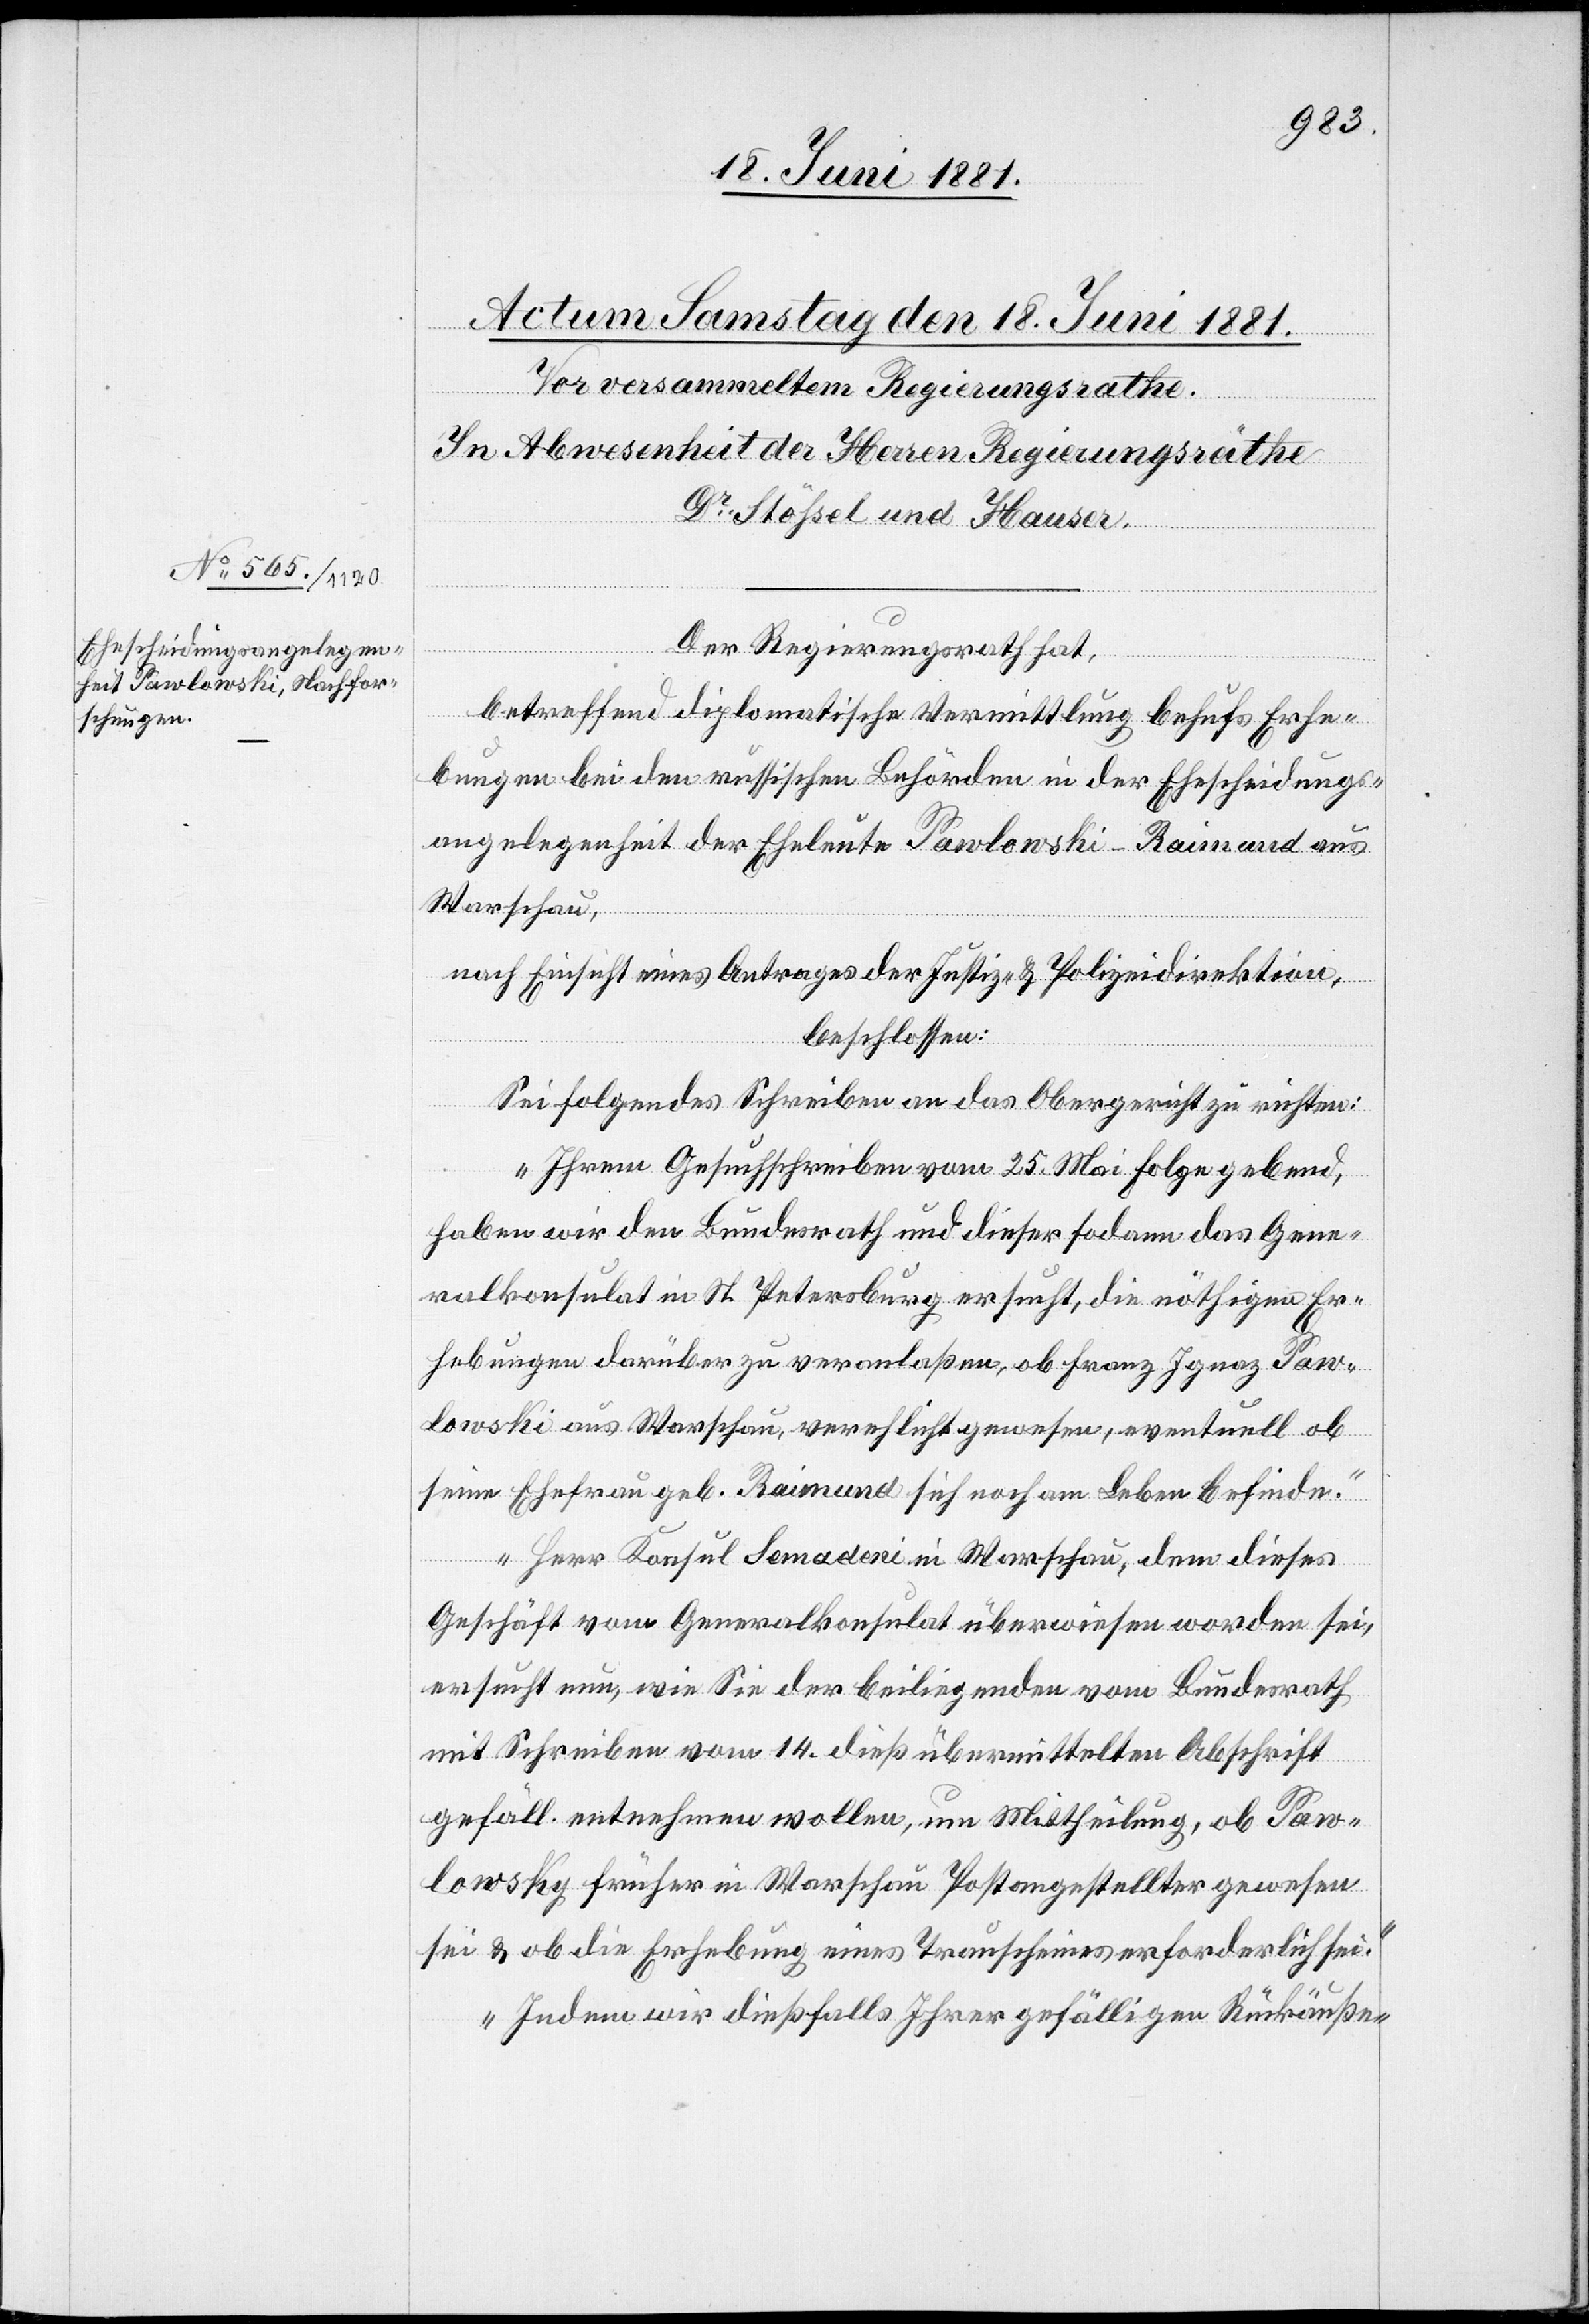
Der Regierungsrath hat,
betreffend diplomatische Vermittlung behufs Erhe¬
bungen bei den russischen Behörden in der Ehescheidungs¬
angelegenheit der Eheleute Pawlonski-Raimund aus
Warschau,
nach Einsicht eines Antrages der Justiz- & Polizeidirektion,
beschlossen:
Sei folgendes Schreiben an das Obergericht zu richten:
„Ihrem Gesuchschreiben vom 25. Mai Folge gebend,
haben wir den Bundesrath und dieser sodann das Gene¬
ralkonsulat in St. Petersburg ersucht, die nöthigen Er¬
hebungen darüber zu veranlaßen, ob Franz Ignaz Paw¬
lonski aus Warschau, verehlicht gewesen, eventuell ob
seine Ehefrau geb. Raimund sich noch am Leben befinden.
Herr Konsul Semadeni in Warschau, dem dieses
Geschäft vom Generalkonsulat überwiesen worden sei,
ersucht nun, wie Sie der beiliegenden vom Bundesrath
mit Schreiben vom 14. dieß übermittelten Abschrift
gefäll. entnehmen wollen, um Mittheilung, ob Paw¬
lowsky [sic!] früher in Warschau Postangestellter gewesen
sei & ob die Erhebung eines Trauscheines erforderlich sei.
Indem wir dießfalls Ihrer gefälligen Rückäuße-